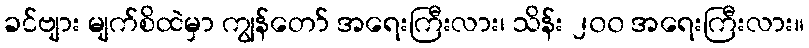
ခင်ဗျား မျက်စိထဲမှာ ကျွန်တော် အရေးကြီးလား၊ သိန်း ၂၀၀ အရေးကြီးလား။